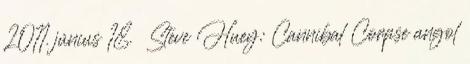
2011. június 18. ↑ Steve Huey: Cannibal Corpse angol